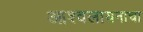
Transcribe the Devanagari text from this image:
आश्वलायनाचा